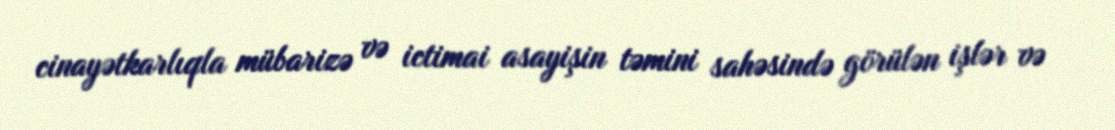
cinayətkarlıqla mübarizə və ictimai asayişin təmini sahəsində görülən işlər və